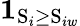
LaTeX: \mathbf{1}_{\mathrm{S}_{i}\geq\mathrm{S}_{iw}}